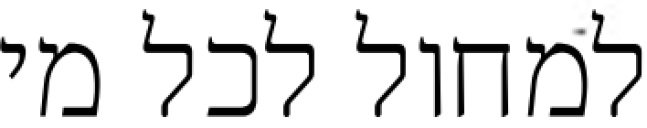
למחול לכל מי